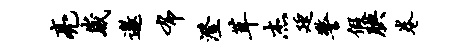
亮崴邀布澄茸杰廷警假腆卷